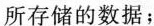
所存储的数据；